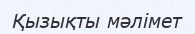
Қызықты мәлімет